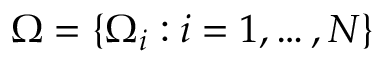
\Omega = \{ \Omega _ { i } : i = 1 , \ldots , N \}